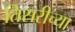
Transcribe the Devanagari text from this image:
तिसरीच्या